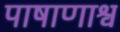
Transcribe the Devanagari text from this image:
पाषाणाश्व